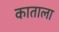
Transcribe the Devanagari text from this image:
काताला